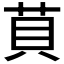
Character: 𦮷